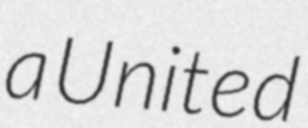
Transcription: a United